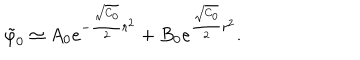
{ \tilde { \varphi } } _ { 0 } \simeq A _ { 0 } e ^ { - { \frac { \sqrt { C _ { 0 } } } { 2 } } r ^ { 2 } } + B _ { 0 } e ^ { { \frac { \sqrt { C _ { 0 } } } { 2 } } r ^ { 2 } } .